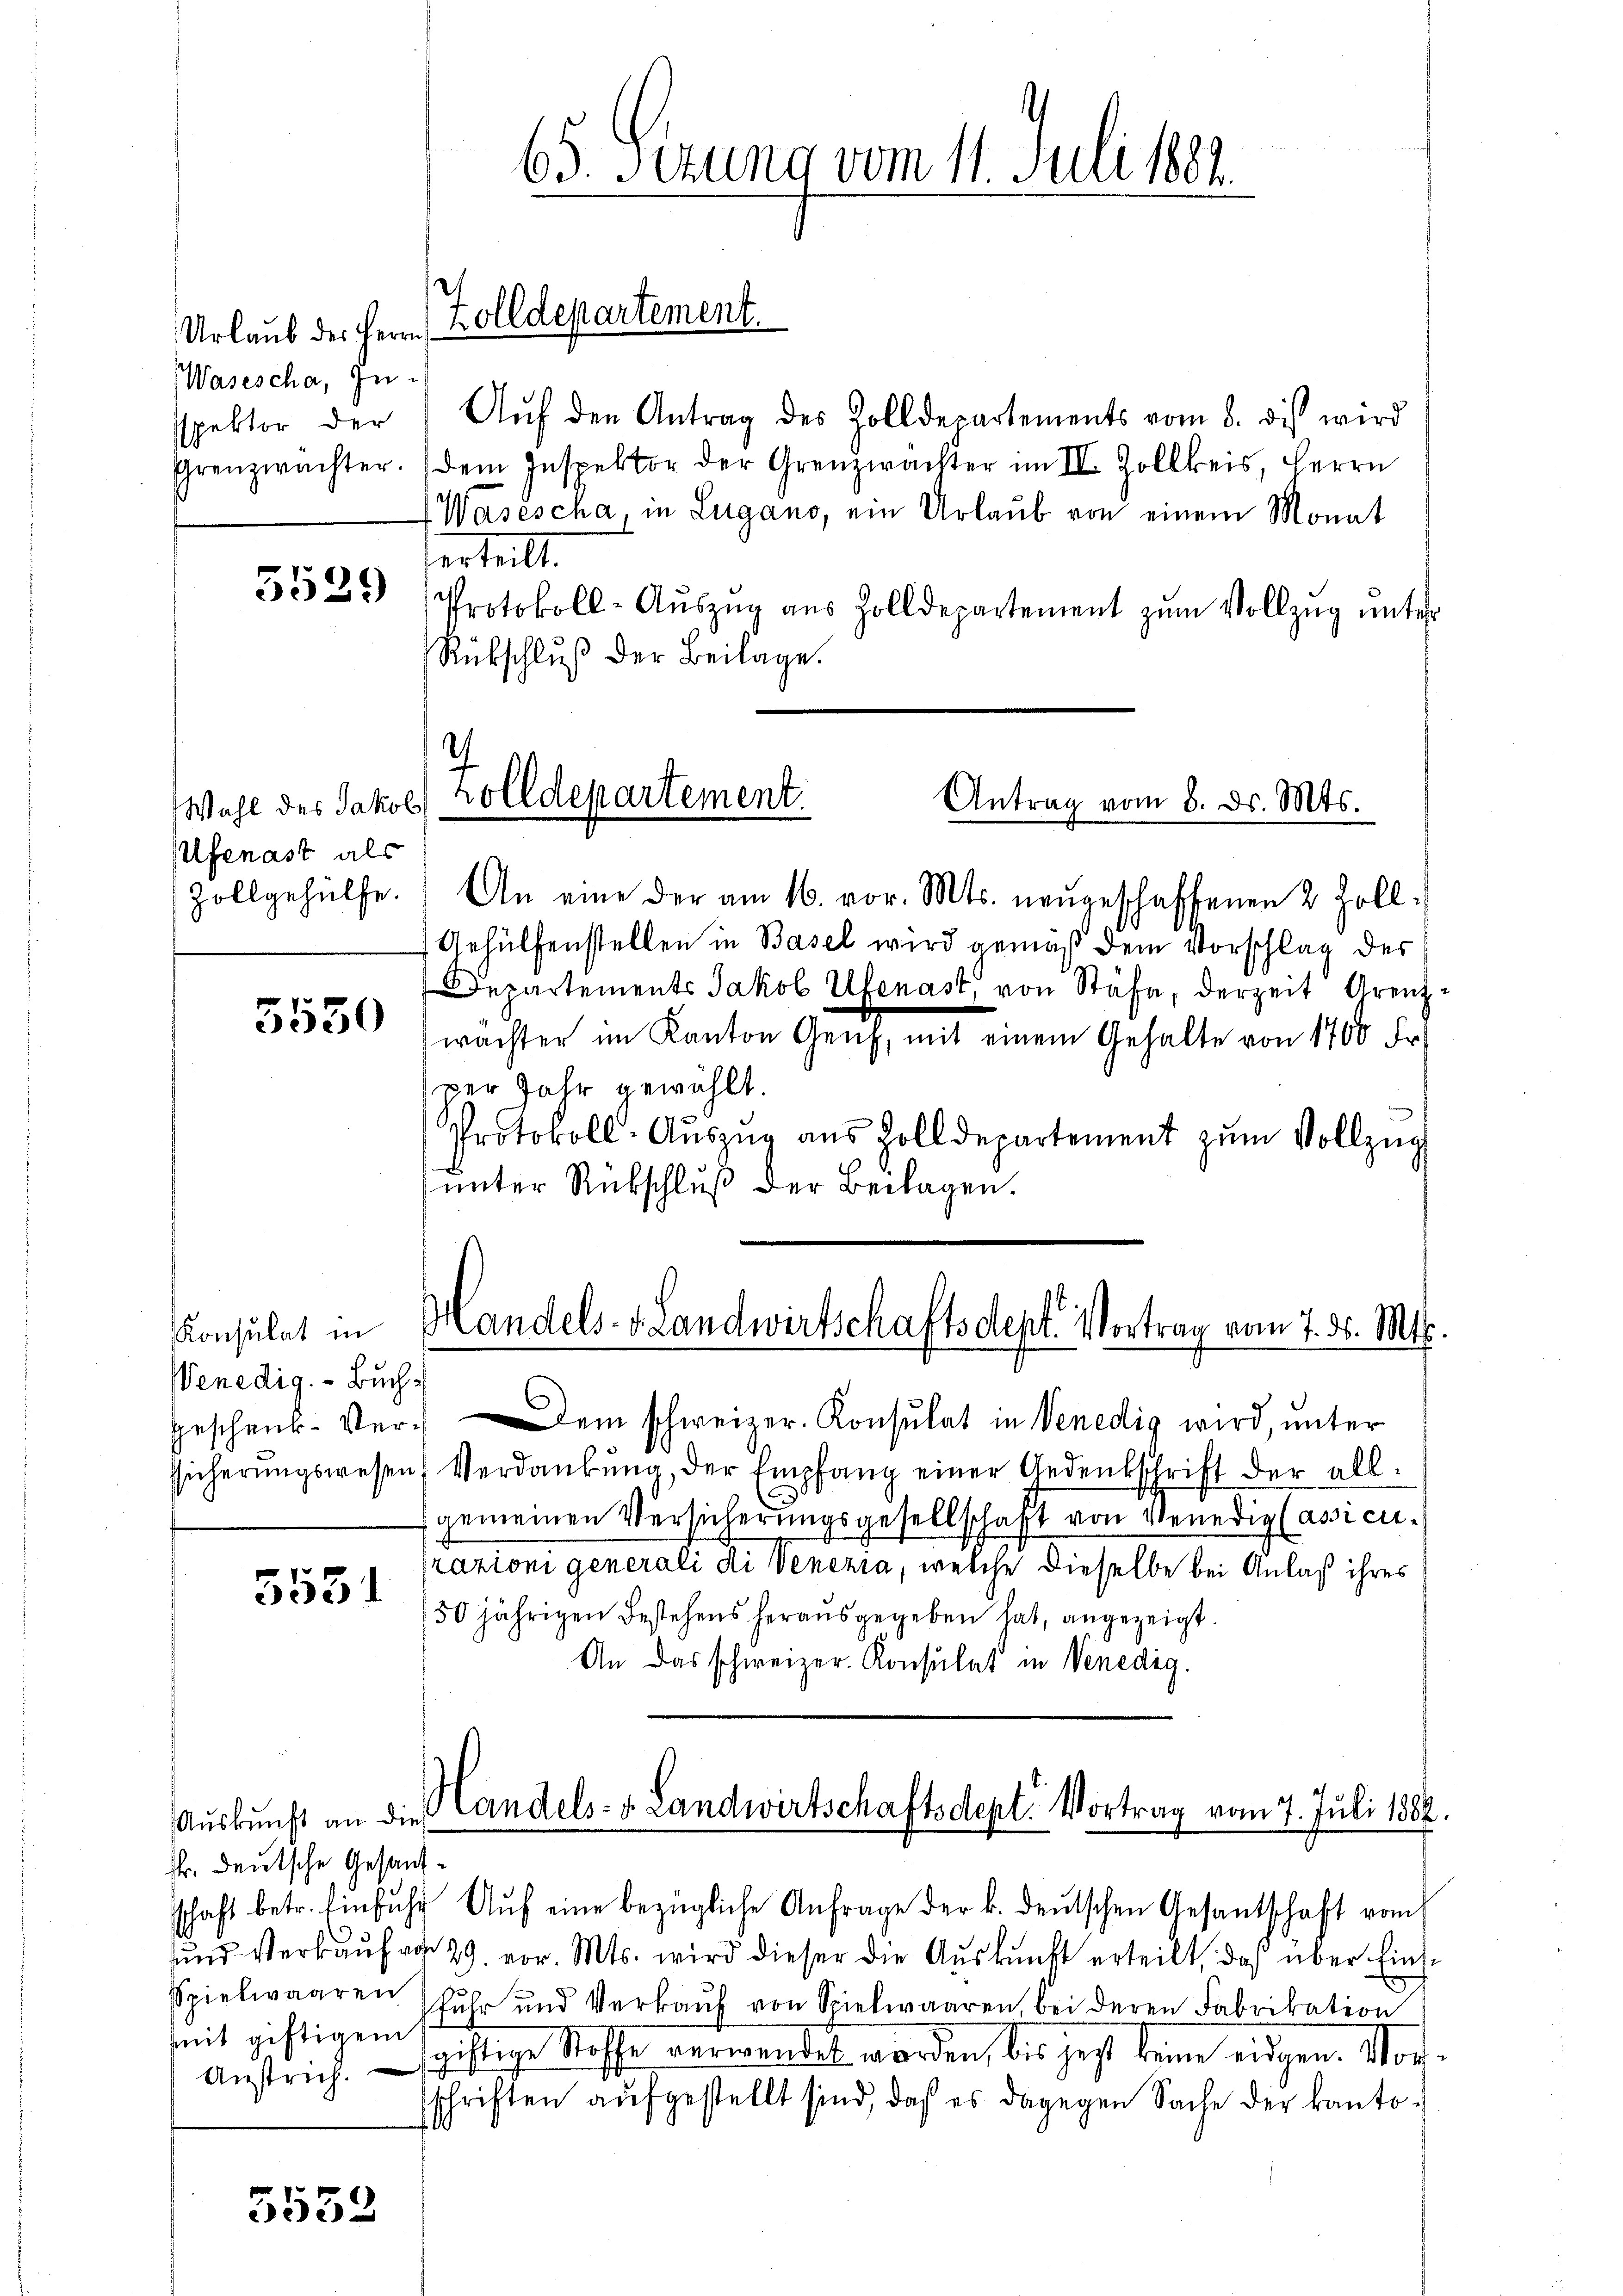
Urlaub des Herrn
Wasescha, Inspektor der

5529

Ufenast als
Zollgehülfe.

5530

Konsulat in
Venedig. - Buch¬
Sicherungswesen

5531

5552

65. Sizung vom 11. Juli 1881.

Zolldepartement.

Aŭf den Antrag des Zolldepartements vom 8. dis wird
Grenzwachter. (dem Inspektor der Grenzwächter im II. Zollkreis, Herrn
Wasescha, in Lugano, ein Urlaub von einem Monat
erteilt.
Protokoll- Aŭszŭg aŭs Zolldepartement zŭm Vollzŭg ŭnter
Rückschlŭβ der Beilage.

Wahl des Jakob Zolldepartement
Antrag vom 8. d. Mts.

An eine der am 16. vor. Mts. neŭgeschaffenen 2 Zoll¬
Gehülfenstellen in Basel wird gemäß dem Vorschlag des
Departements Jakob Ufenast, von Stäfa, derzeit Grenzwachter im Kanton Genf, mit einem Gehalte von 1700 Fr.
per Jahr gewählt.
Protokoll-Aŭszŭg aŭs Zolldepartement zŭm Vollzŭg
ŭnter Rückschlŭβ der Beilagen.

Handels- u. Landwirtschaftsdept. Vortrag vom 7. d. Mts.

An das schweizer. Konsulat in Venedig

Geschenk- Verei schweizer. Konsulat in Venedig wird, unter
Verdankŭng der Empfang einer Gedenkschrift der all
gemeinen Versicherungsgesellschaft von Venedig lassicurazioni generali di Venezia, welche dieselbe bei Anlaß ihres
150 jährigen Bestehens herausgegeben hat, angezeigt.

Auskunft an die
kr. deutsche Gesandschaft betr. Einfŭhr Aŭf eine bezügliche Anfrage der k. deŭtschen Gesantschaft vom
und Verkauf von 29. vor. Mts. wird dieser die Auskunft erteilt, daß über Eins¬
Spielwaaren Schŭhr und Verkaŭf von Spielwaaren, bei deren Fabrikation
mmit giftigem
giftige Stoffe verwendet worden, bis jetzt keine eidgen. Vor¬
Anstrich.
schriften aufgestellt sind, daß es dagegen Sache der kanto¬

Handels- u. Landwirtschaftsdept. Vortrag vom 7. Juli 1887.